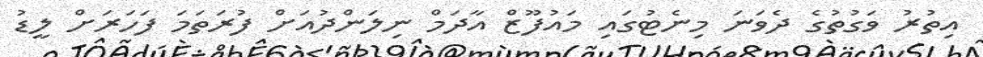
އިތުރު ވަގުތުގެ ދެވަނަ މިނެޓުގައި މައުފޫޒް އާދަމް ނިލަންދުއަށް ފުރަތަމަ ފަހަރަށް ލީޑު